Lock hospitals Punjab
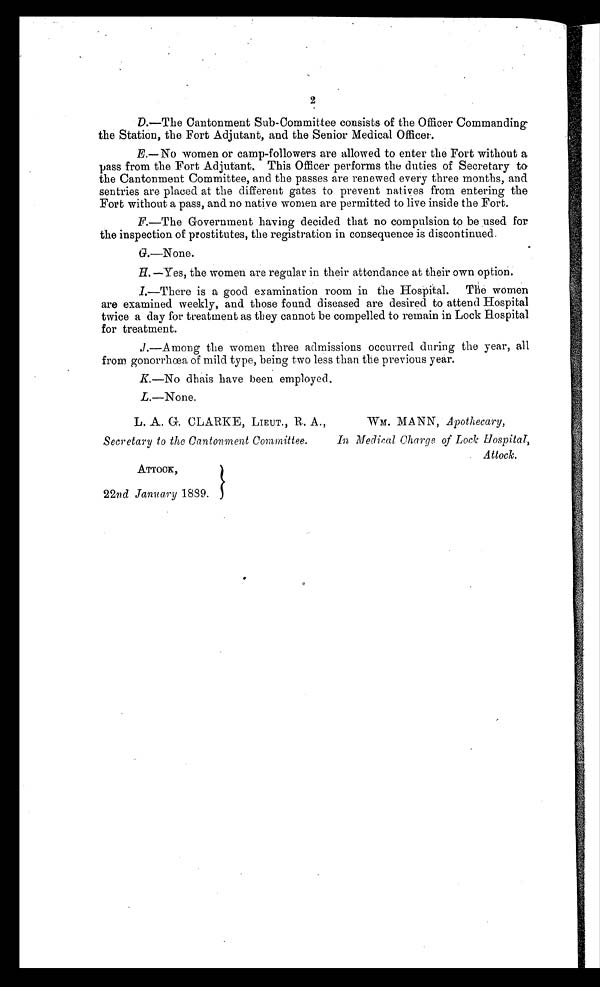
2
D.—The Cantonment Sub-Committee consists of the Officer Commanding
the Station, the Fort Adjutant, and the Senior Medical Officer.
E.—No women or camp-followers are allowed to enter the Fort without a
pass from the Fort Adjutant. This Officer performs the duties of Secretary to
the Cantonment Committee, and the passes are renewed every three months, and
sentries are placed at the different gates to prevent natives from entering the
Fort without a pass, and no native women are permitted to live inside the Fort.
F.—The Government having decided that no compulsion to be used for-
the inspection of prostitutes, the registration in consequence is discontinued.
G.—None.
H. —Yes, the women are regular in their attendance at their own option.
I.—There is a good examination room in the Hospital. The women
are examined weekly, and those found diseased are desired to attend Hospital
twice a day for treatment as they cannot be compelled to remain in Lock Hospital
for treatment.
J .—Among the women three admissions occurred during the year, all
from gonorrhœa of mild type, being two less than the previous year.
K.—No dhais have been employed.
L .—None.
L. A. G. CLARKE, LIEUT., R. A.,
Secretary to the Cantonment Committee.
ATTOOK,
22nd January 1839.
WM. MANN, Apothecary,
In Medical Charge of Lock Hospital,
Attock.